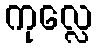
ကုလ္လေ